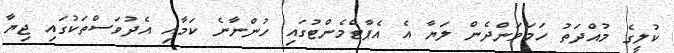
ކުލީގެ މުއްދަތު ހަމަވަންދެން ލަޔާ އެ އެޕާޓްމެންޓުގައި ހުންނާނެ ކަމާއި އެދުވަސްތަކުގައި ޖިޔާ